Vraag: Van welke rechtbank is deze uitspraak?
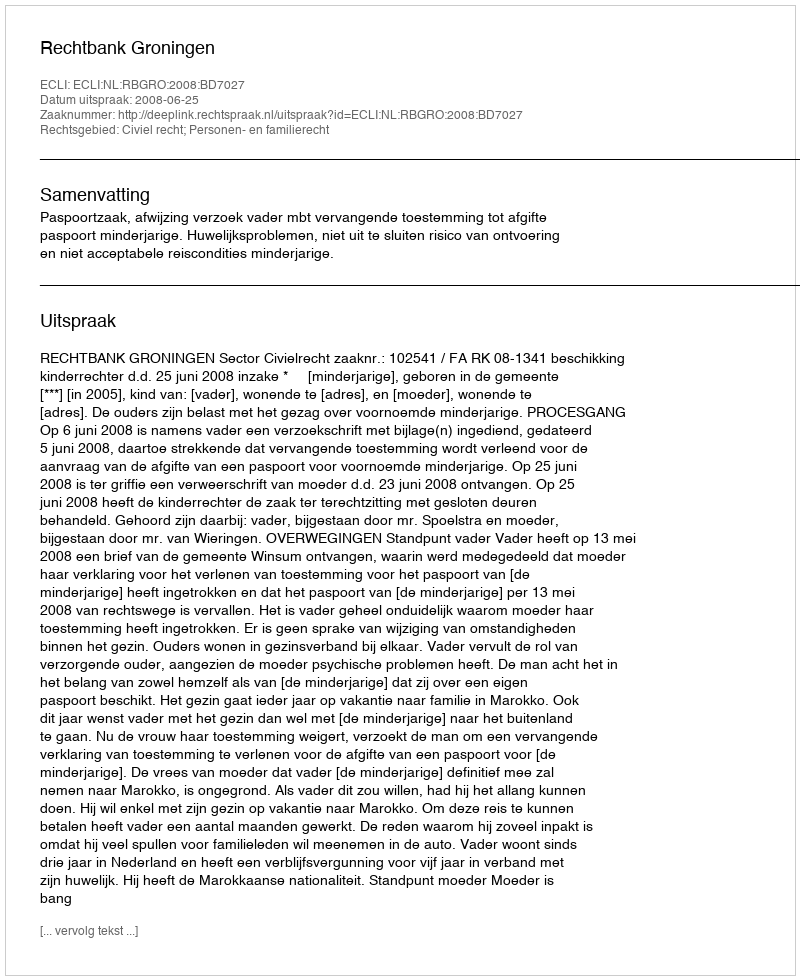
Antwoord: Rechtbank Groningen